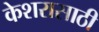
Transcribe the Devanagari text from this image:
केशरासाठी